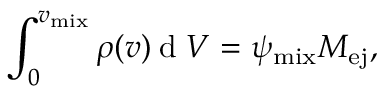
\int _ { 0 } ^ { v _ { \mathrm { m i x } } } \rho ( v ) \: \mathrm { d } \; V = \ensuremath { \psi _ { \mathrm { m i x } } } \ensuremath { M _ { \mathrm { e j } } } { } ,